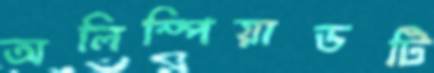
অলিম্পিয়াডটি